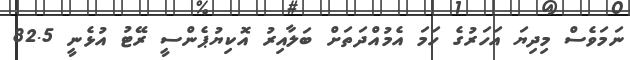
ނަމަވެސް މިދިޔަ އަހަރުގެ ހަމަ އެމުއްދަތަށް ބަލާއިރު އޮކިޔުޕެންސީ ރޭޓު އުޅެނީ 82.5